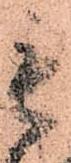
毛